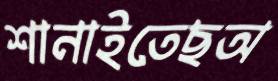
শানাইতেছঅ